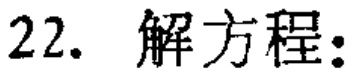
22. 解方程: